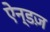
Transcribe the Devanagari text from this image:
ऐन्डज़